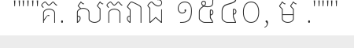
"""គ. សករាជ ១៥៤០, ម ."""